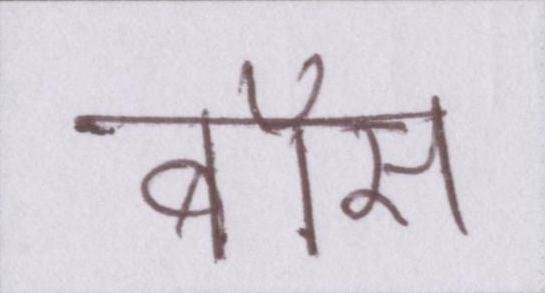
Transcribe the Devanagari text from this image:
बॉस